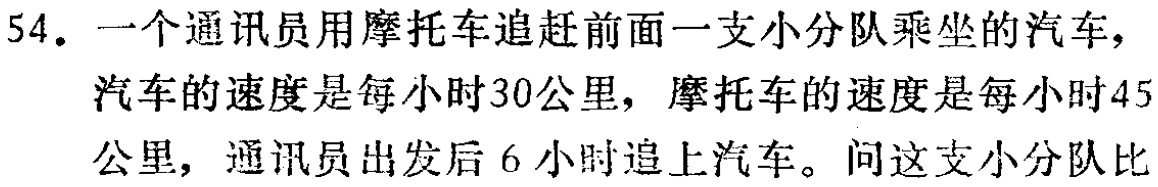
54. 一个通讯员用摩托车追赶前面一支小分队乘坐的汽车，汽车的速度是每小时30公里，摩托车的速度是每小时45公里，通讯员出发后6小时追上汽车。问这支小分队比